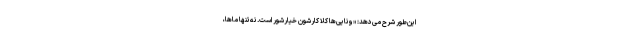
این‌طور شرح می‌دهد: «ونایی‌ها کلاً کارشون خیارشور است. نه‌تنها ماها،